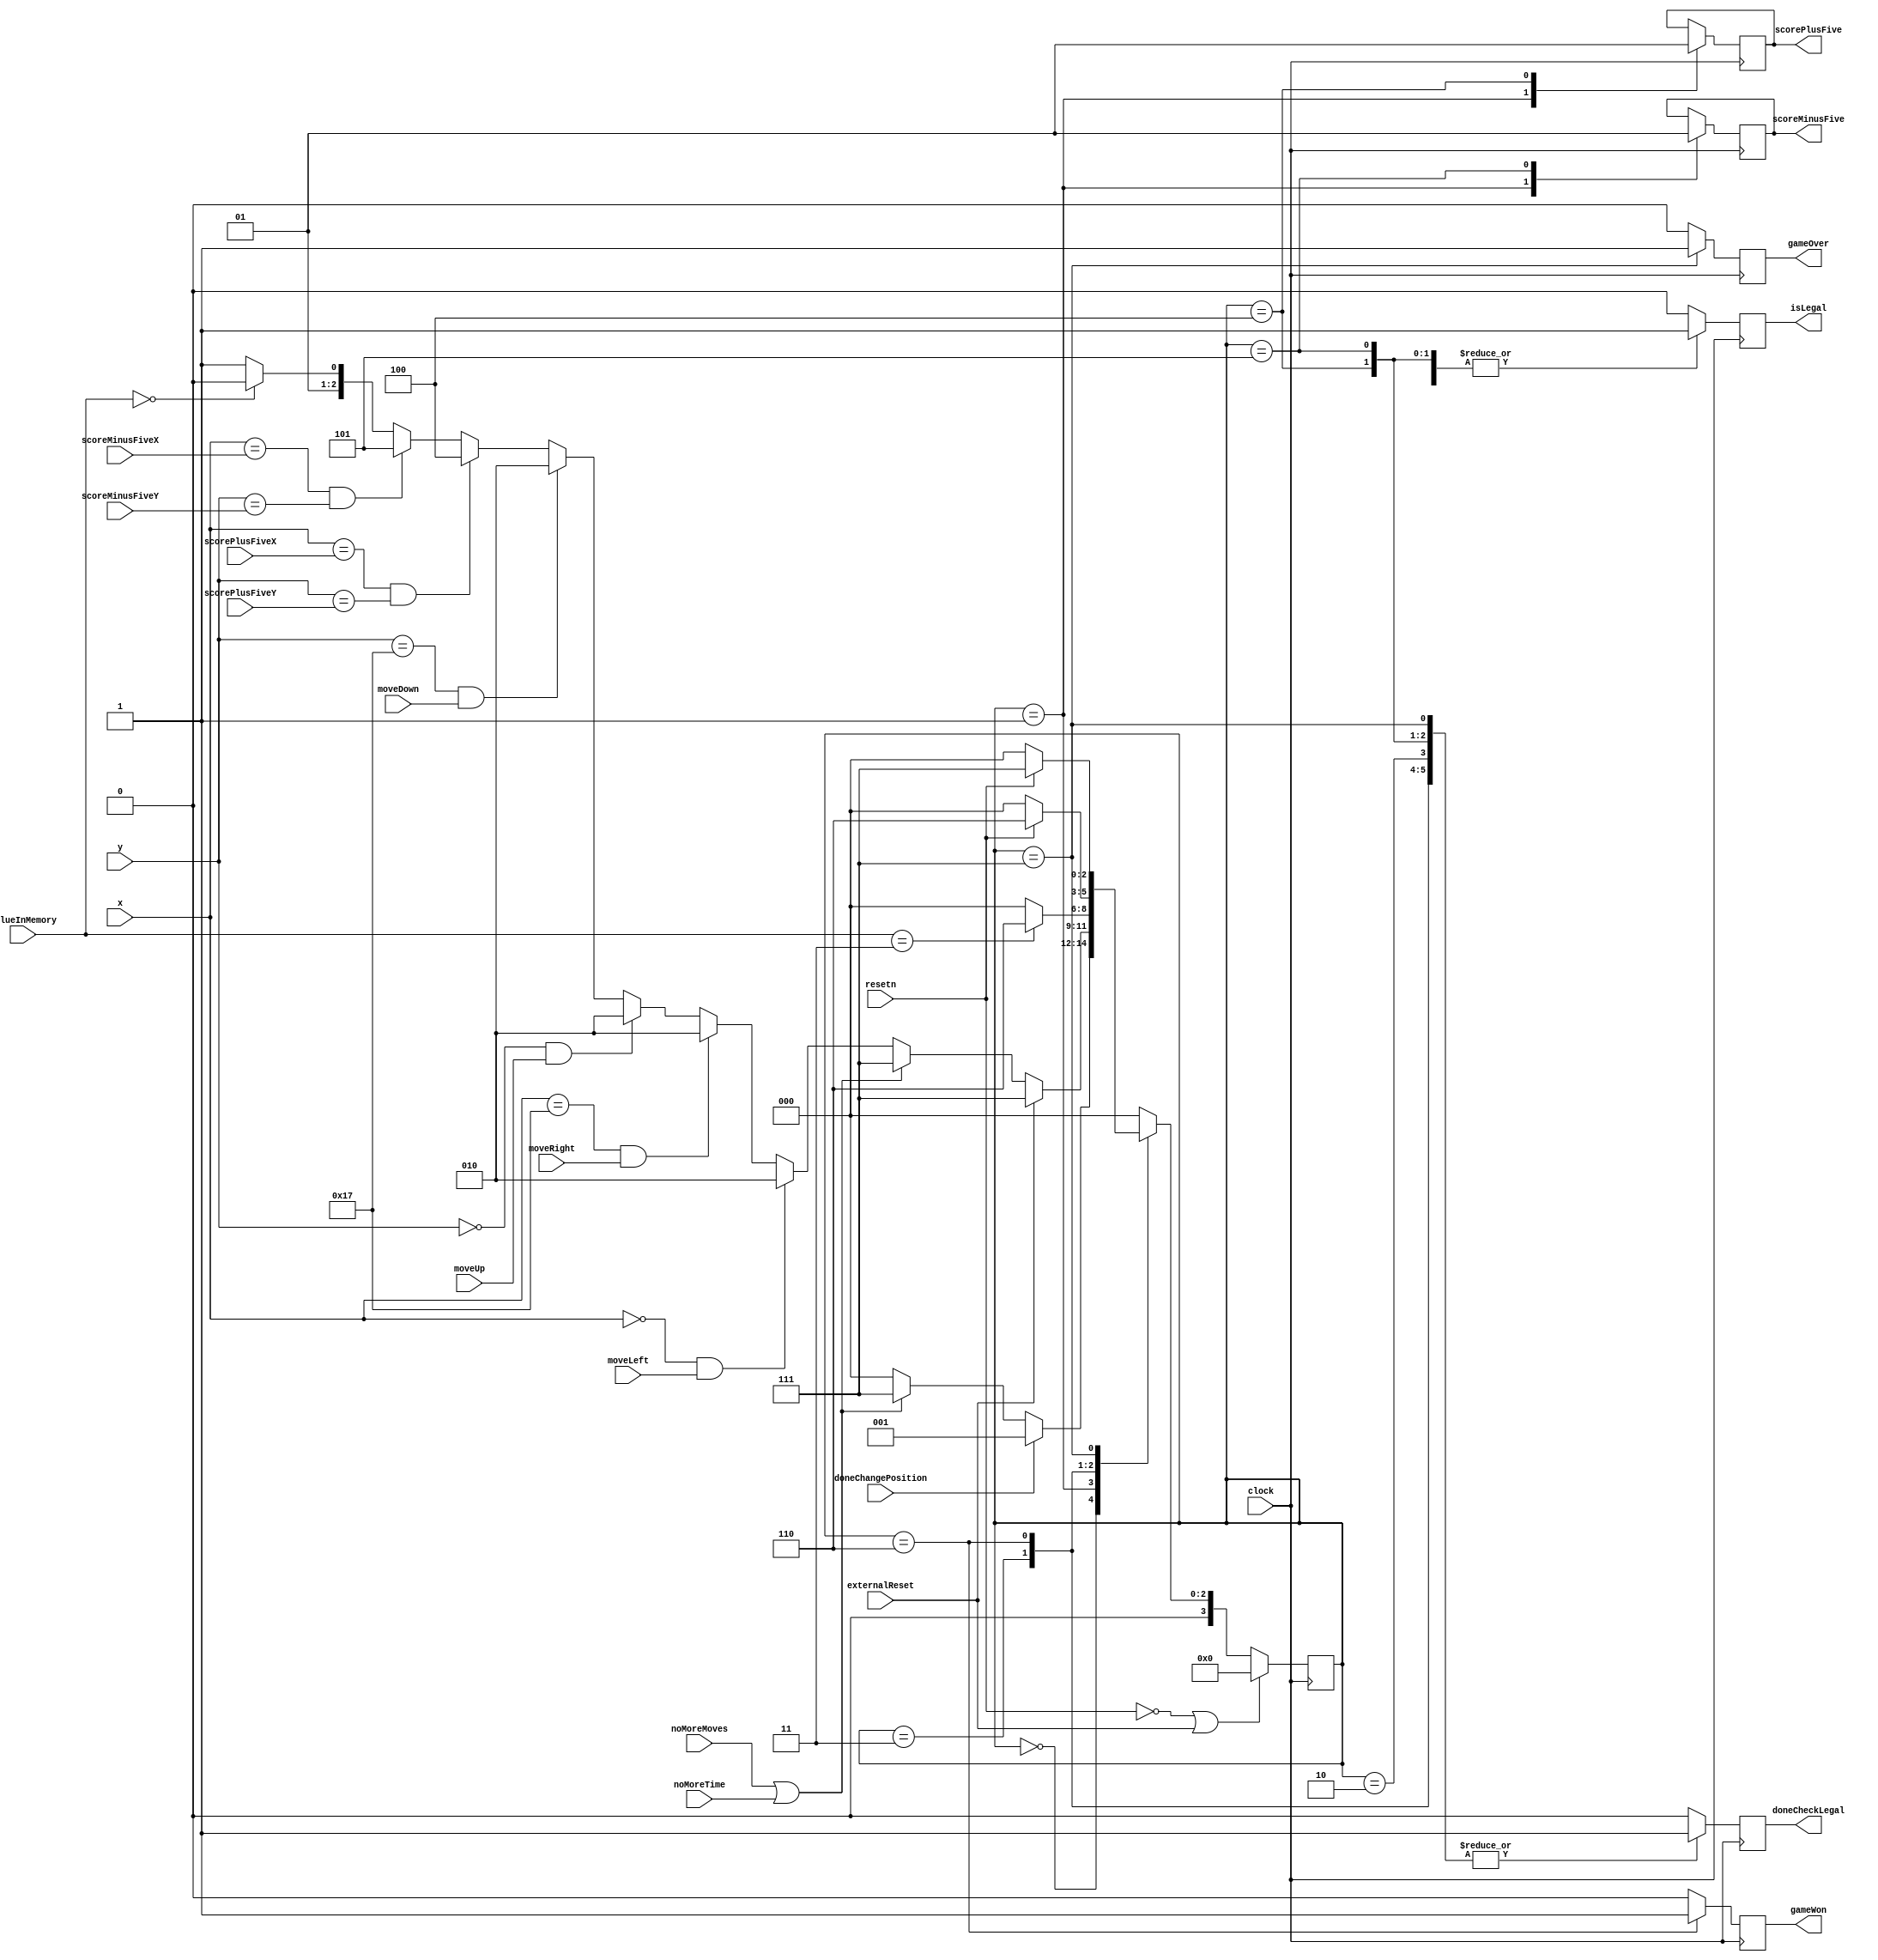
module legalControl(
	input clock,
	input resetn,
	input externalReset,
	input doneChangePosition,
	input [2:0] valueInMemory,
	input [4:0] x,
	input [4:0] y,
	input [4:0] scorePlusFiveX, scorePlusFiveY, scoreMinusFiveX, scoreMinusFiveY,
	input moveLeft, moveRight, moveUp, moveDown,
	input noMoreMoves, noMoreTime,
	output reg doneCheckLegal,
	output reg isLegal,
	output reg gameWon, 
	output reg gameOver,
	output reg scorePlusFive, scoreMinusFive
	);
	
	//declarations of values in memory
	localparam AVAILABLE   = 4'h1,
				OCCUPIED      = 4'h0,
				START         = 4'h2,
				END           = 4'h3,
				YOUR_POSITION = 4'h4,
				PLUS_FIVE     = 4'h5,
				MINUS_FIVE    = 4'h6;
					
	reg [3:0] currentState, nextState;
	
	//declarations of states
	localparam IDLE                = 4'd0,
				CHECK_MEMORY          = 4'd1,
				NOT_LEGAL             = 4'd2,
				LEGAL                 = 4'd3,
				ADD_FIVE_TO_SCORE     = 4'd4,
				MINUS_FIVE_FROM_SCORE = 4'd5,
				WON                   = 4'd6,
				GAME_OVER             = 4'd7;

	//declaration of top row, bottom row, left column, right column of the maze board
	localparam  TOP    = 5'b00000,
					LEFT   = 5'b00000,
					RIGHT  = 5'b10111,
					BOTTOM = 5'b10111;
	
	//next state logic
	always @ (*) 
	begin: state_table
		case(currentState)
			IDLE: begin
				if(doneChangePosition)
					nextState = CHECK_MEMORY;
				else if(noMoreMoves || noMoreTime)
					nextState = GAME_OVER;
				else
					nextState = IDLE;
				end
			
			CHECK_MEMORY: begin
				if(externalReset)
					nextState = GAME_OVER;
				else if(noMoreMoves || noMoreTime) 
					nextState = GAME_OVER;
					
				else if(x == LEFT && moveLeft)
					nextState = NOT_LEGAL;
				else if(x == RIGHT && moveRight)
					nextState = NOT_LEGAL;
				else if(y == TOP && moveUp)
					nextState = NOT_LEGAL;
				else if(y == BOTTOM && moveDown)
					nextState = NOT_LEGAL;
					
				else if(x == scorePlusFiveX & y == scorePlusFiveY)
					nextState = ADD_FIVE_TO_SCORE;
					
				else if(x == scoreMinusFiveX & y == scoreMinusFiveY)
					nextState = MINUS_FIVE_FROM_SCORE;
					
				else if(valueInMemory == OCCUPIED)
					nextState = NOT_LEGAL;
					
				else
					nextState = LEGAL;
			end
			
			NOT_LEGAL: nextState = IDLE;
			
			LEGAL: begin
				if(valueInMemory == END)
					nextState = WON;
				else
					nextState = IDLE;
			end
			
			ADD_FIVE_TO_SCORE: nextState = IDLE;
			
			MINUS_FIVE_FROM_SCORE: nextState = IDLE;
			
			WON: nextState = resetn ? WON : IDLE;
						
			GAME_OVER : nextState = resetn ? GAME_OVER : IDLE;
			
			default: nextState = IDLE;
		endcase
	end

	//datapath control signals
	always @ (posedge clock)
	begin
		doneCheckLegal = 1'b0;
		isLegal = 1'b0;
		gameWon = 1'b0;
		gameOver = 1'b0;
		
		case(currentState)
		
			IDLE: doneCheckLegal <= 1'b0;
			
			CHECK_MEMORY: begin
				doneCheckLegal <= 1'b0;
				scorePlusFive  <= 1'b0;
				scoreMinusFive <= 1'b0;
			end
			
			LEGAL: begin
				doneCheckLegal <= 1'b1;
				isLegal        <= 1'b1;
			end
			
			NOT_LEGAL: begin
				doneCheckLegal <= 1'b1;
				isLegal        <= 1'b0;
			end 
			
			ADD_FIVE_TO_SCORE: begin
				doneCheckLegal <= 1'b1;
				isLegal        <= 1'b1;
				scorePlusFive  <= 1'b1;
			end
			
			MINUS_FIVE_FROM_SCORE: begin
				doneCheckLegal <= 1'b1;
				isLegal        <= 1'b1;
				scoreMinusFive <= 1'b1;
			end
			
			WON: begin
				doneCheckLegal <= 1'b1;
				isLegal        <= 1'b1;
				gameWon        <= 1'b1;
			end
			
			GAME_OVER: begin
				doneCheckLegal <= 1'b1;
				gameOver       <= 1'b1;
				isLegal        <= 1'b0;
			end
			
			
		endcase
	end
	
	//current state registers
	always @ (posedge clock)
	begin: state_FFs
		if(!resetn || externalReset)
			currentState <= IDLE;
		else
			currentState <= nextState;
	end
	
endmodule